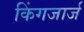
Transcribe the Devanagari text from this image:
किंगजार्ज